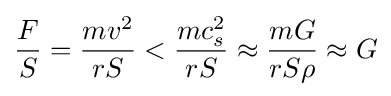
{\frac {F}{S}}={\frac {mv^{2}}{rS}}<{\frac {mc_{s}^{2}}{rS}}\approx {\frac {mG}{rS\rho }}\approx G